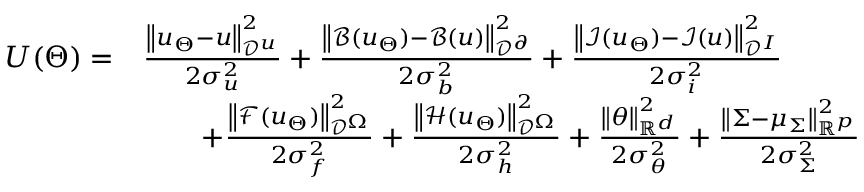
\begin{array} { r l } { U ( \Theta ) = } & { \frac { \left\| u _ { \Theta } - u \right\| _ { \mathcal { D } ^ { u } } ^ { 2 } } { 2 \sigma _ { u } ^ { 2 } } + \frac { \left\| \mathcal { B } ( u _ { \Theta } ) - \mathcal { B } ( u ) \right\| _ { \mathcal { D } ^ { \partial } } ^ { 2 } } { 2 \sigma _ { b } ^ { 2 } } + \frac { \left\| \mathcal { I } ( u _ { \Theta } ) - \mathcal { I } ( u ) \right\| _ { \mathcal { D } ^ { I } } ^ { 2 } } { 2 \sigma _ { i } ^ { 2 } } } \\ & { \qquad + \frac { \left\| \mathcal { F } ( u _ { \Theta } ) \right\| _ { \mathcal { D } ^ { \Omega } } ^ { 2 } } { 2 \sigma _ { f } ^ { 2 } } + \frac { \left\| \mathcal { H } ( u _ { \Theta } ) \right\| _ { \mathcal { D } ^ { \Omega } } ^ { 2 } } { 2 \sigma _ { h } ^ { 2 } } + \frac { \left\| \theta \right\| _ { \mathbb { R } ^ { d } } ^ { 2 } } { 2 \sigma _ { \theta } ^ { 2 } } + \frac { \left\| \Sigma - \mu _ { \Sigma } \right\| _ { \mathbb { R } ^ { p } } ^ { 2 } } { 2 \sigma _ { \Sigma } ^ { 2 } } } \end{array}